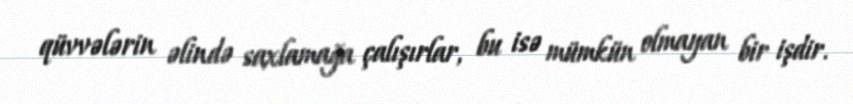
qüvvələrin əlində saxlamağa çalışırlar, bu isə mümkün olmayan bir işdir.